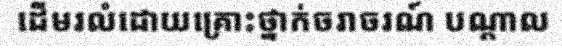
ដើមរលំដោយគ្រោះថ្នាក់ចរាចរណ៍ បណ្តាល